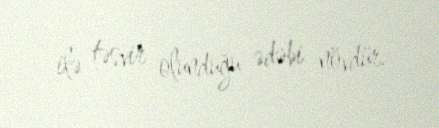
ilə təsvir olunduğu ədəbi növdür.